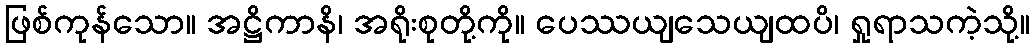
ဖြစ်ကုန်သော။ အဋ္ဌိကာနိ၊ အရိုးစုတို့ကို။ ပေဿယျသေယျထပိ၊ ရှုရာသကဲ့သို့။